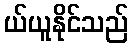
ယ်ယူနိုင်သည်